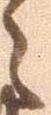
之